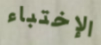
الإختباء